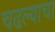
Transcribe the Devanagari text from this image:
चढल्याचा